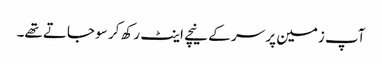
آپ زمین پر سر کے نیچے اینٹ رکھ کر سو جاتے تھے۔